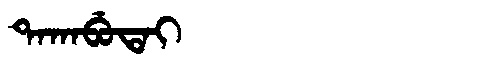
Manchu: ᡨᠠᡴᠠᠪᡠᡨᠠᡳ
Romanization: TAKABUTAI